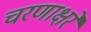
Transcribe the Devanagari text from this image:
चरणाक्षरे